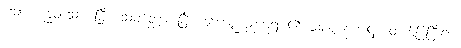
သော။ ဗုဒ္ဓဝံသော၊ ပြီး။ သမတ္ထော၊ ပြီး။ ကောဏ္ဍညဘုရား၏ သံဝဏ္ဏနာအဋ္ဌကထာဝ်ပြပြီး၍